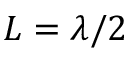
L = \lambda / 2